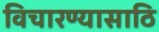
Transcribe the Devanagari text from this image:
विचारण्यासाठि